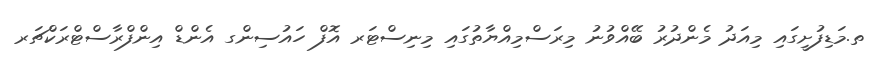
ތ.މަޑިފުށީގައި މިއަދު މެންދުރު ބޭއްވުނު މިރަސްމިއްޔާތުގައި މިނިސްޓަރ އޮފް ހައުސިންގ އެންޑް އިންފްރާސްޓްރަކްޗަރ